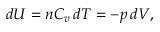
d U = n C _ { v } \, d T = - p \, d V ,